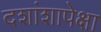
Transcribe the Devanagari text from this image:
दशांशापेक्षा